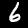
Label: 6